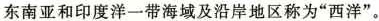
东南亚和印度洋一带海域及沿岸地区称为”西洋”。